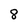
Character: 8